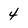
Character: 4